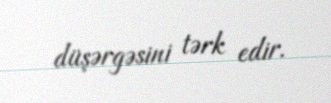
düşərgəsini tərk edir.